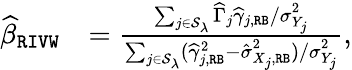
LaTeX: \begin{array}{rl}{\widehat{\beta}_{\mathtt{RIVW}}}&{=\frac{\sum_{j\in\mathcal{S}_{\lambda}}\widehat\Gamma_{j}\widehat\gamma_{j,\mathtt{RB}}/{\sigma}_{Y_{j}}^{2}}{\sum_{j\in\mathcal{S}_{\lambda}}(\widehat\gamma_{j,\mathtt{RB}}^{2}-\hat{\sigma}_{X_{j},\mathtt{RB}}^{\mathrm{2}})/{\sigma}_{Y_{j}}^{2}},}\end{array}